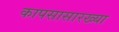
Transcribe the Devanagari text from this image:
कापसासारख्या